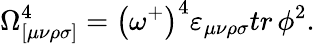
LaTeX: \Omega_{[\mu\nu\rho\sigma]}^{4}=\left(\omega^{+}\right)^{4}\varepsilon_{\mu\nu\rho\sigma}tr\, \phi^{2}.